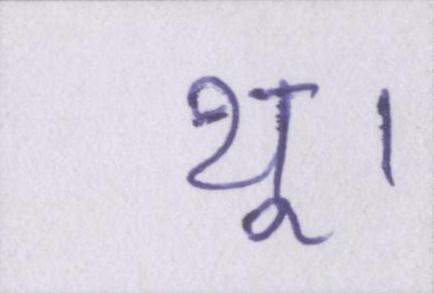
थू।